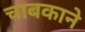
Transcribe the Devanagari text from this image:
चाबकाने